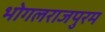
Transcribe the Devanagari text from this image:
भोगलराजपुरम